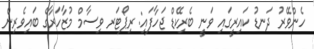
ހެންވޭރު ދަނޑު ކައިރީގައި ވަނީ ބެރިކޭޑް ޖަހާފައި: ރިޕޯޓަރ ވިސާމް މުޒާހަރާގެ ބައިވެރިން